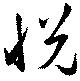
悅